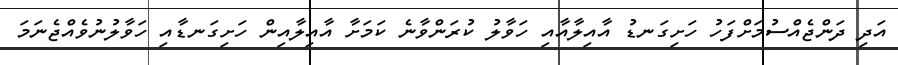
އަދި ދަންޖެއްސުމަށްފަހު ހަށިގަނޑު އާއިލާއާއި ހަވާލު ކުރަންވާނެ ކަމަށާ އާއިލާއިން ހަށިގަނޑާއި ހަވާލުނުވެއްޖެނަމަ